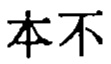
本不